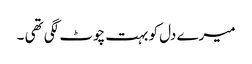
میرے دل کو بہت چوٹ لگی تھی ۔